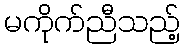
မကိုက်ညီသည့်